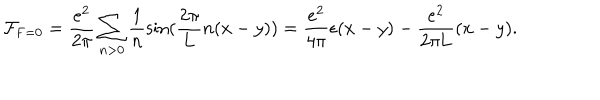
{ \cal F } _ { \mathrm { F } = 0 } = \frac { e ^ { 2 } } { 2 \pi } \sum _ { n > 0 } \frac { 1 } { n } \sin ( \frac { 2 \pi } { 2 \pi } { L } n ( x - y ) ) = \frac { e ^ { 2 } } { 4 \pi } \epsilon ( x - y ) - \frac { e ^ { 2 } } { 2 \pi \mathrm { L } } ( x - y ) .